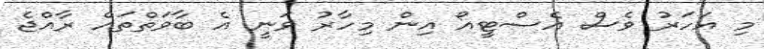
މި އަހަރު ވެސް އެސްޓީއޯ އިން މިހާރު ވަނީ އެ ބާވަތްތައް ރާއްޖެ